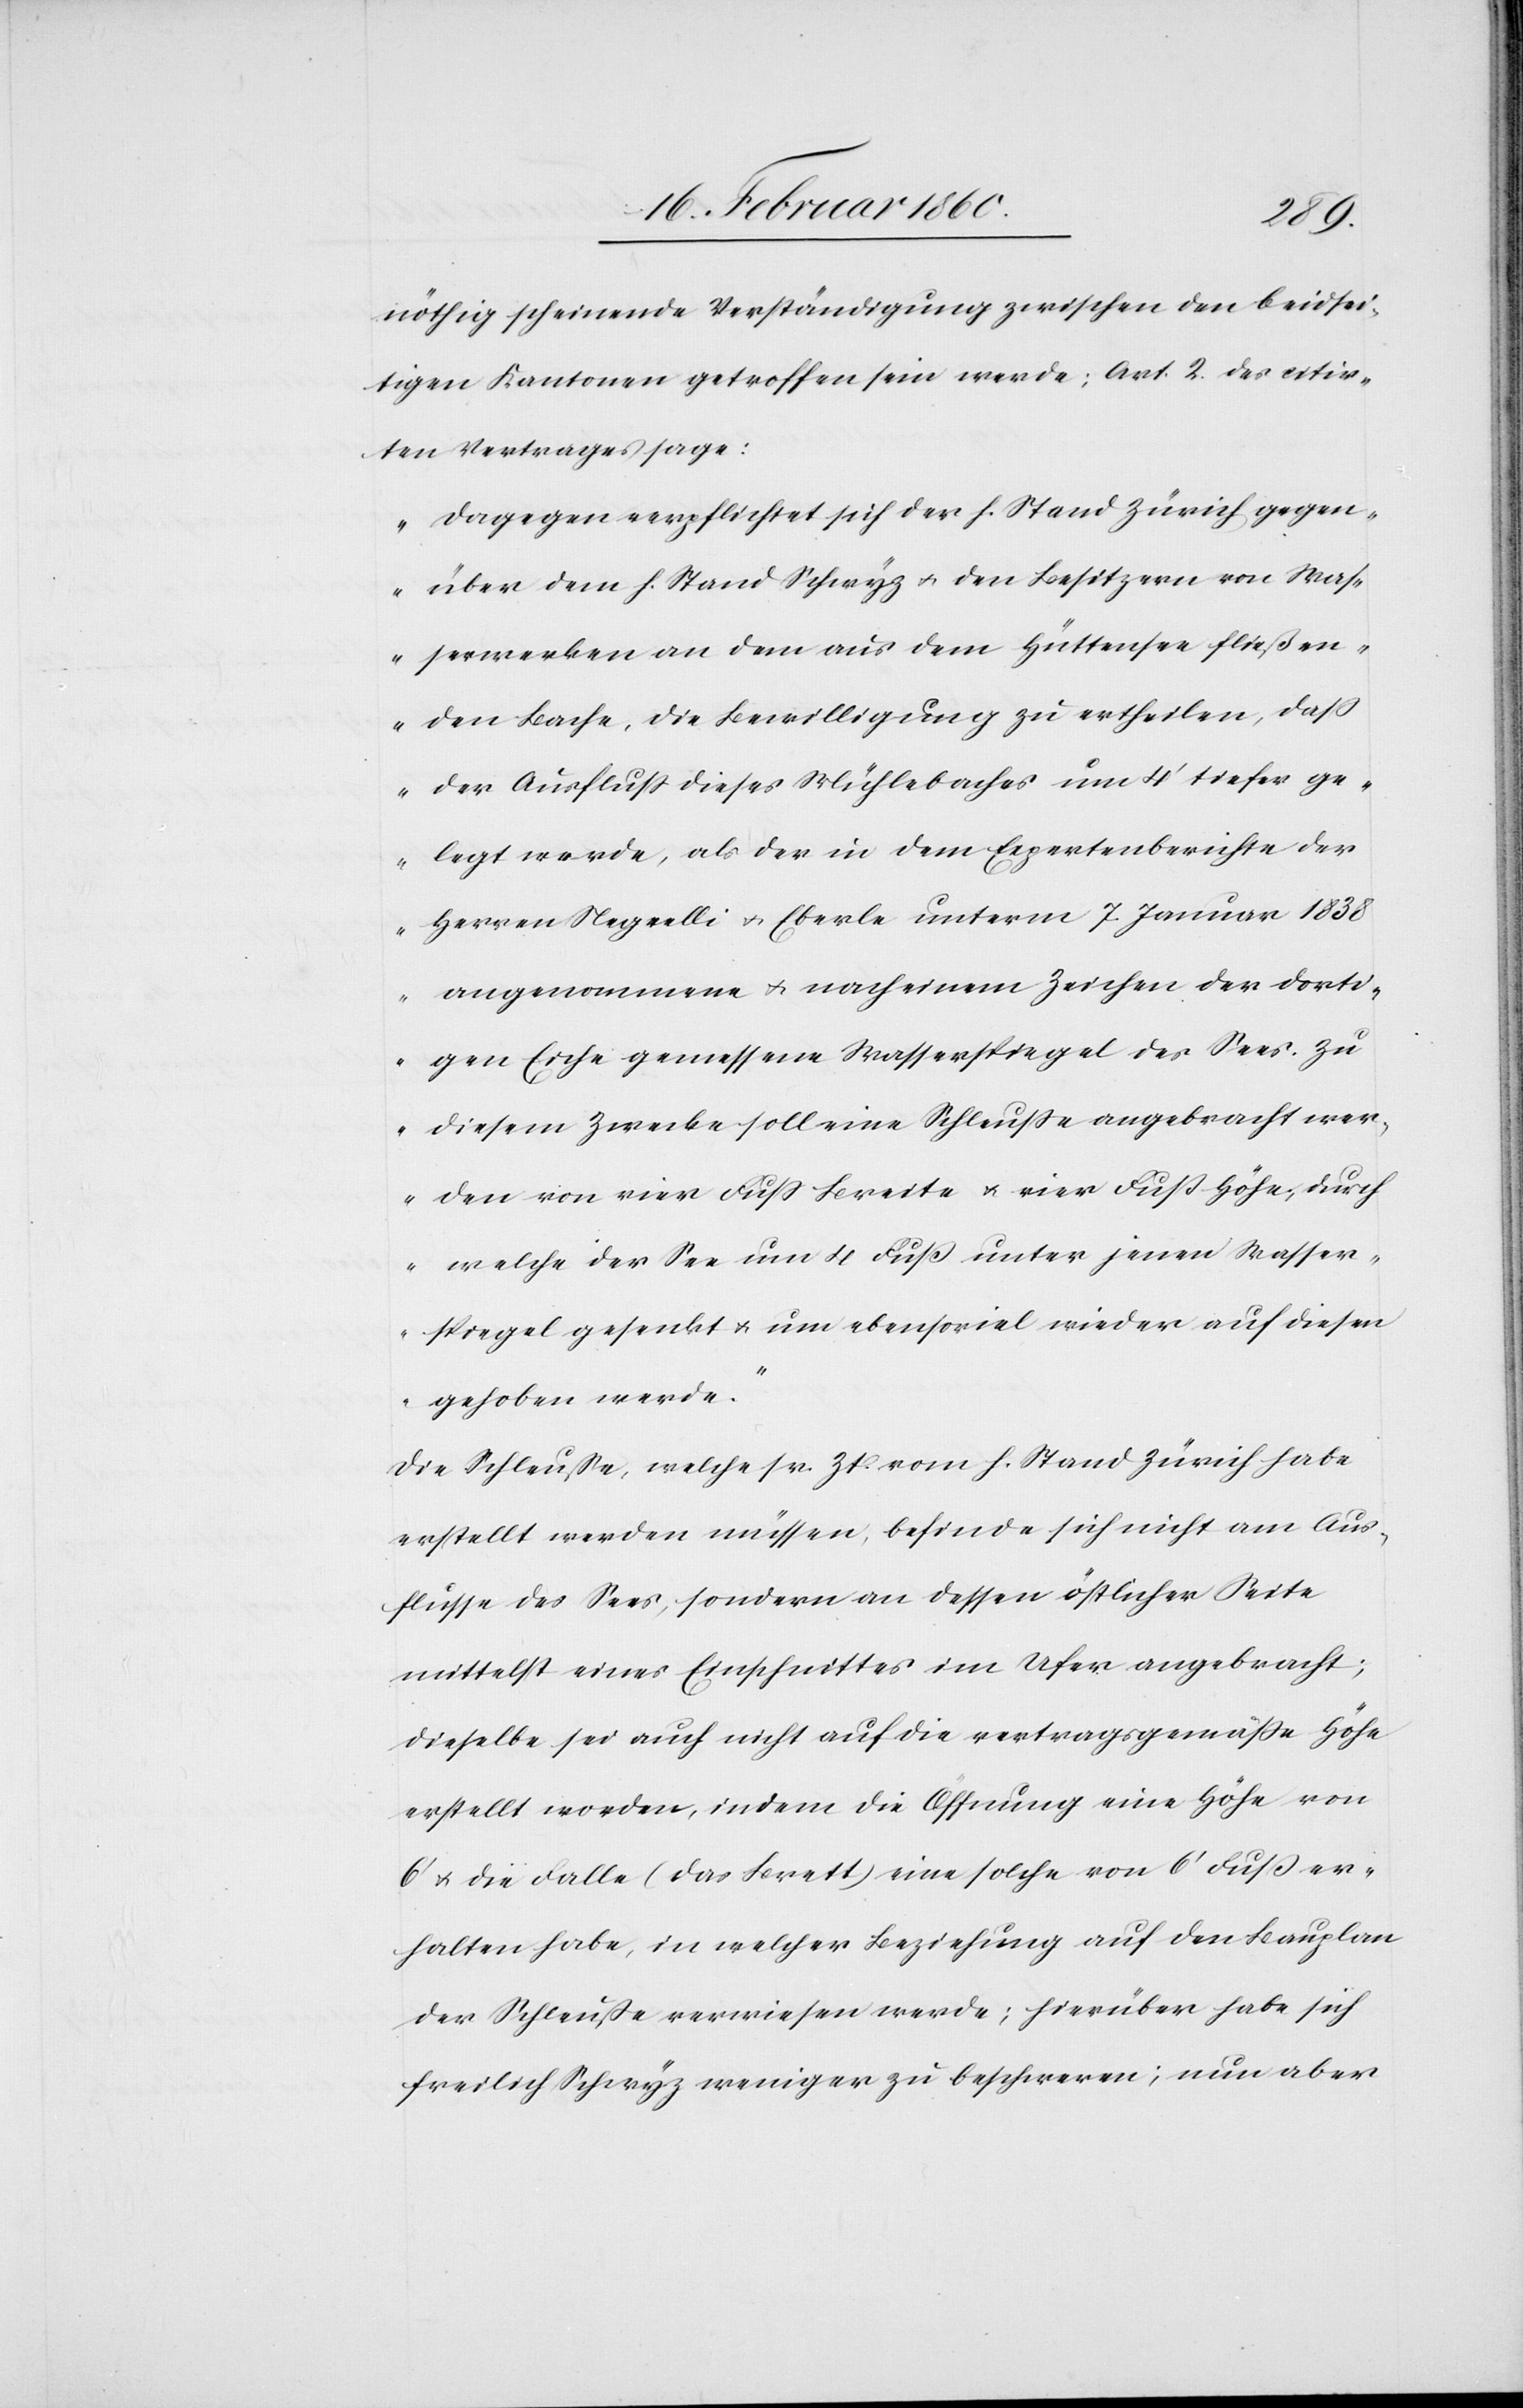
nöthig scheinende Verständigung zwischen den beidsei¬
tigen Kantonen getroffen sein werde, Art. 2. des citir¬
ten Vertrages sage;
„Dagegen verpflichtet sich der h. Stand Zürich gegen¬
über dem h. Stand Schwyz u. den Besitzern von Was¬
serwerken an dem aus dem Hüttensee fließen¬
den Bache, die Bewilligung zu ertheilen, daß
der Ausfluss dieses Mühlebaches um 4’ tiefer ge¬
legt werde, als der in dem Expertenberichte der
Herren Negelli u. Eberle unterm 7. Januar 1838
angenommene u. nach einem Zeichen der dorti¬
gen Eiche gemessene Wasserspiegel des Sees. Zu
diesem Zwecke soll eine Schleusse angebracht wer¬
den von vier Fuß Breite u. vier Fuss Höhe, durch
welche der See um 4 Fuss unter jenen Wasser¬
spiegel gesenkt u. um ebensoviel wieder auf diesen
gehoben werde.“
Die Schleusse, welche sr. Zt. vom h. Stand Zürich habe
erstellt werden müssen, befinde sich nicht am Aus¬
flusse des Sees, sondern an dessen östlicher Seite
mittelst eines Einschnittes im Ufer angebracht;
dieselbe sei auch nicht auf die vertragsgemäße Höhe
erstellt worden, indem die Öffnung eine Höhe von
6’ u. die Falle (das Brett) eine solche von 6’ Fuß
erhalten habe, in welcher Beziehung auf den Bauplan
der Schleusse verwiesen werde; hierüber habe sich
freilich Schwyz weniger zu beschweren; nun aber